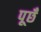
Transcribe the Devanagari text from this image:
पूछँ